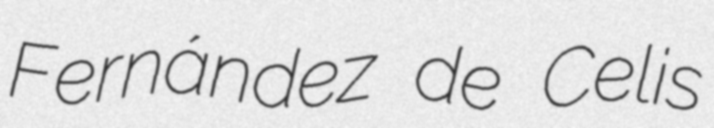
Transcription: Fernández de Celis